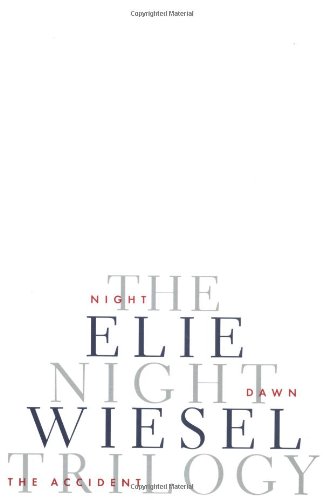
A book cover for The Night Trilogy: Night, Dawn, The Accident; Elie Wiesel; Biographies & Memoirs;